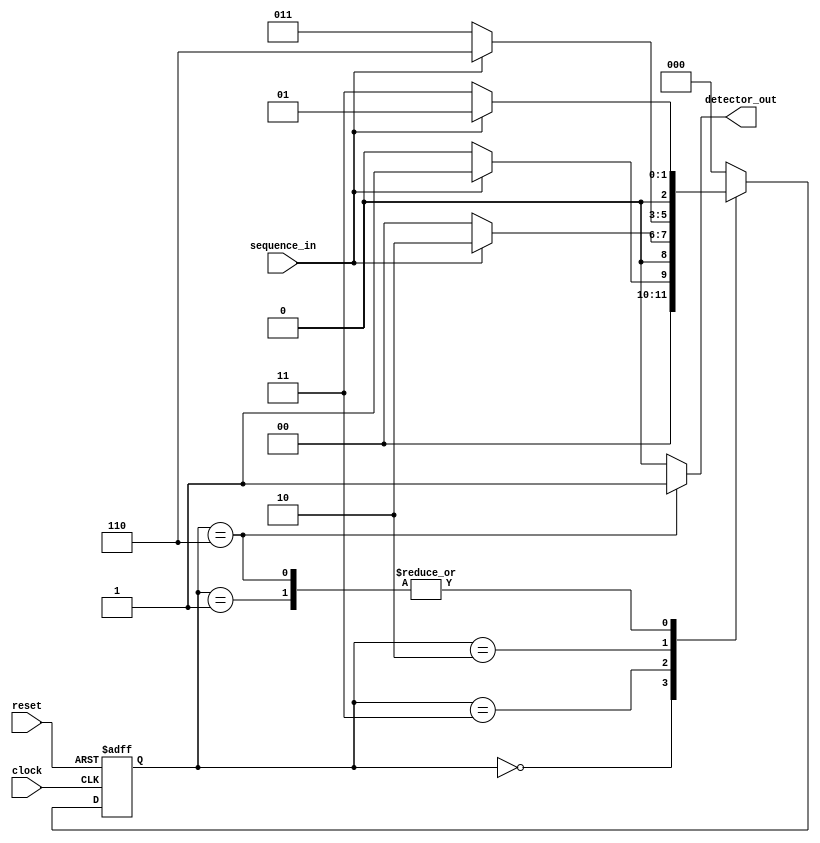
module S_D_M_V(sequence_in, clock, reset,detector_out);
input clock;
input sequence_in;
input reset;
output reg detector_out;

parameter Zero=3'b000 ,   One=3'b001, OneZero=3'b011, OneZeroOne=3'b010, OneZeroOneOne=3'b0110;
reg[2:0] current_state ,next_state;

always@(posedge clock, posedge reset)
begin
if(reset==1)
 current_state <=Zero;
else
current_state <=next_state;
end

always@(current_state,sequence_in) 
begin
case(current_state)
Zero: begin
if(sequence_in==1)
next_state = One;
else
next_state = Zero;
end

One : begin
if(sequence_in==1)
next_state = One;
else
next_state = OneZero;
end

OneZero : begin
if(sequence_in==1)
next_state = OneZeroOne;
else
next_state = Zero;
end

OneZeroOne : begin
if(sequence_in==1)
next_state = OneZeroOneOne;
else
next_state = OneZero;
end


OneZeroOneOne : begin
if(sequence_in==1)
next_state = One;
else
next_state = OneZero;
end

default : next_state =Zero;
endcase
end

always@(current_state)
begin
case(current_state)
Zero : detector_out=0;
OneZero :detector_out=0;
OneZeroOne :detector_out=0;
OneZeroOneOne :detector_out=1;
default: detector_out=0;
endcase
end

endmodule
module S_D_M_V_tb;
reg sequence_in;
reg clock;
reg reset;

wire detector_out;

S_D_M_V uut(.sequence_in(sequence_in), .clock(clock) , .reset(reset), .detector_out(detector_out));


initial begin
clock =0;
forever #5 clock =~clock;
end
initial begin
sequence_in =0;
reset =1;
#10;
reset =0;
#10;

sequence_in =1;
#10;
sequence_in =0;
#10;

sequence_in =1;
#10;
sequence_in =0;
#10;

sequence_in =1;
#10;
sequence_in =0;
$finish;

end
endmodule